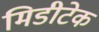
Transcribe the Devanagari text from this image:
मिडीटेक